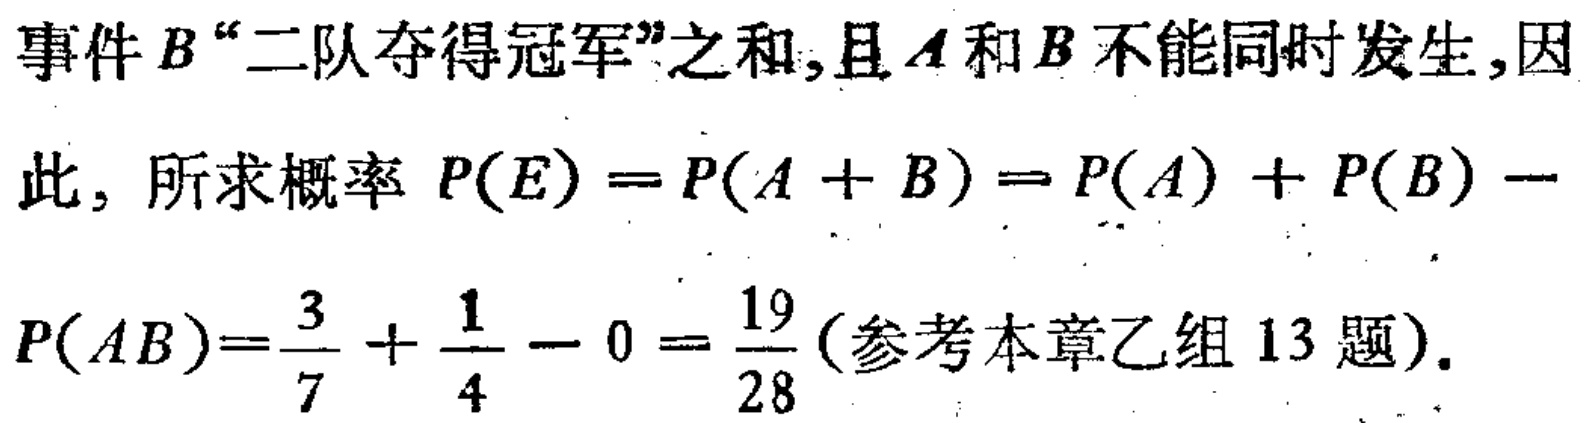
事件\(B\)“二队夺得冠军”之和,且\(A\)和\(B\)不能同时发生,因此，所求概率 \(P(E)=P(A + B)=P(A)+P(B)-\) \(P(AB)=\frac{3}{7}+\frac{1}{4}-0 = \frac{19}{28}\)(参考本章乙组13题).